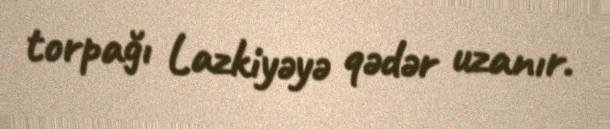
torpağı Lazkiyəyə qədər uzanır.